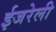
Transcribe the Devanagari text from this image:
ईजरेली